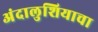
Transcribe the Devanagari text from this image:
अंदालुशियाचा